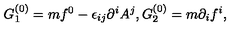
G _ { 1 } ^ { ( 0 ) } = m f ^ { 0 } - \epsilon _ { i j } \partial ^ { i } A ^ { j } , G _ { 2 } ^ { ( 0 ) } = m \partial _ { i } f ^ { i } ,